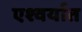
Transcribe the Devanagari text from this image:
एश्वर्यात